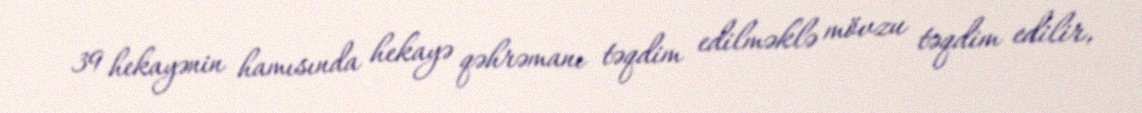
39 hekayənin hamısında hekayə qəhrəmanı təqdim edilməklə mövzu təqdim edilir,